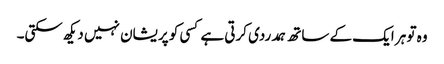
وہ تو ہر ایک کے ساتھ ہمدردی کرتی ہے کسی کو پریشان نہیں دیکھ سکتی۔